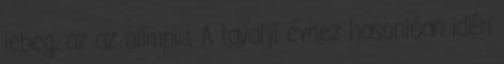
lebeg, az az olimpia. A tavalyi évhez hasonlóan idén